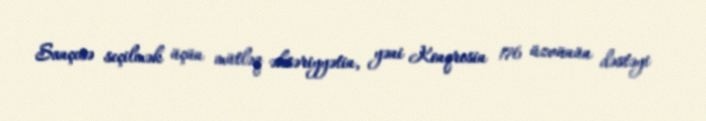
Sançesə seçilmək üçün mütləq əksəriyyətin, yəni Konqresin 176 üzvünün dəstəyi